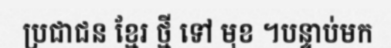
ប្រជាជន ខ្មែរ ថ្មី ទៅ មុខ ។បន្ទាប់មក